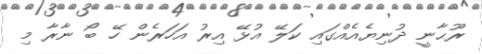
ރޫޙާނީ ދުނިޔެއެއްގައި ކަލޭ އުޅޭ އިރު އަހަރެން ހޭ ބޯ ނާރާ މި